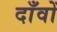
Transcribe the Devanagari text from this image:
दाँवों